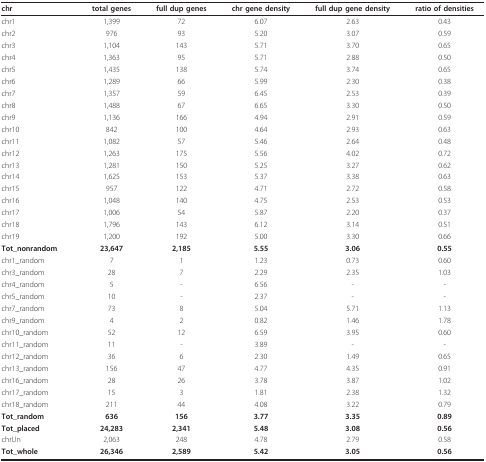
<table><thead><tr><td><b>chr</b></td><td><b>total genes</b></td><td><b>full dup genes</b></td><td><b>chr gene density</b></td><td><b>full dup gene density</b></td><td><b>ratio of densities</b></td></tr></thead><tbody><tr><td>chr1</td><td>1,399</td><td>72</td><td>6.07</td><td>2.63</td><td>0.43</td></tr><tr><td>chr2</td><td>976</td><td>93</td><td>5.20</td><td>3.07</td><td>0.59</td></tr><tr><td>chr3</td><td>1,104</td><td>143</td><td>5.71</td><td>3.70</td><td>0.65</td></tr><tr><td>chr4</td><td>1,363</td><td>95</td><td>5.71</td><td>2.88</td><td>0.50</td></tr><tr><td>chr5</td><td>1,435</td><td>138</td><td>5.74</td><td>3.74</td><td>0.65</td></tr><tr><td>chr6</td><td>1,289</td><td>66</td><td>5.99</td><td>2.30</td><td>0.38</td></tr><tr><td>chr7</td><td>1,357</td><td>59</td><td>6.45</td><td>2.53</td><td>0.39</td></tr><tr><td>chr8</td><td>1,488</td><td>67</td><td>6.65</td><td>3.30</td><td>0.50</td></tr><tr><td>chr9</td><td>1,136</td><td>166</td><td>4.94</td><td>2.91</td><td>0.59</td></tr><tr><td>chr10</td><td>842</td><td>100</td><td>4.64</td><td>2.93</td><td>0.63</td></tr><tr><td>chr11</td><td>1,082</td><td>57</td><td>5.46</td><td>2.64</td><td>0.48</td></tr><tr><td>chr12</td><td>1,263</td><td>175</td><td>5.56</td><td>4.02</td><td>0.72</td></tr><tr><td>chr13</td><td>1,281</td><td>150</td><td>5.25</td><td>3.27</td><td>0.62</td></tr><tr><td>chr14</td><td>1,625</td><td>153</td><td>5.37</td><td>3.38</td><td>0.63</td></tr><tr><td>chr15</td><td>957</td><td>122</td><td>4.71</td><td>2.72</td><td>0.58</td></tr><tr><td>chr16</td><td>1,048</td><td>140</td><td>4.75</td><td>2.53</td><td>0.53</td></tr><tr><td>chr17</td><td>1,006</td><td>54</td><td>5.87</td><td>2.20</td><td>0.37</td></tr><tr><td>chr18</td><td>1,796</td><td>143</td><td>6.12</td><td>3.14</td><td>0.51</td></tr><tr><td>chr19</td><td>1,200</td><td>192</td><td>5.00</td><td>3.30</td><td>0.66</td></tr><tr><td><b>Tot_nonrandom</b></td><td><b>23,647</b></td><td><b>2,185</b></td><td><b>5.55</b></td><td><b>3.06</b></td><td><b>0.55</b></td></tr><tr><td>chr1_random</td><td>7</td><td>1</td><td>1.23</td><td>0.73</td><td>0.60</td></tr><tr><td>chr3_random</td><td>28</td><td>7</td><td>2.29</td><td>2.35</td><td>1.03</td></tr><tr><td>chr4_random</td><td>5</td><td>-</td><td>6.56</td><td>-</td><td>-</td></tr><tr><td>chr5_random</td><td>10</td><td>-</td><td>2.37</td><td>-</td><td>-</td></tr><tr><td>chr7_random</td><td>73</td><td>8</td><td>5.04</td><td>5.71</td><td>1.13</td></tr><tr><td>chr9_random</td><td>4</td><td>2</td><td>0.82</td><td>1.46</td><td>1.78</td></tr><tr><td>chr10_random</td><td>52</td><td>12</td><td>6.59</td><td>3.95</td><td>0.60</td></tr><tr><td>chr11_random</td><td>11</td><td>-</td><td>3.89</td><td>-</td><td>-</td></tr><tr><td>chr12_random</td><td>36</td><td>6</td><td>2.30</td><td>1.49</td><td>0.65</td></tr><tr><td>chr13_random</td><td>156</td><td>47</td><td>4.77</td><td>4.35</td><td>0.91</td></tr><tr><td>chr16_random</td><td>28</td><td>26</td><td>3.78</td><td>3.87</td><td>1.02</td></tr><tr><td>chr17_random</td><td>15</td><td>3</td><td>1.81</td><td>2.38</td><td>1.32</td></tr><tr><td>chr18_random</td><td>211</td><td>44</td><td>4.08</td><td>3.22</td><td>0.79</td></tr><tr><td><b>Tot_random</b></td><td><b>636</b></td><td><b>156</b></td><td><b>3.77</b></td><td><b>3.35</b></td><td><b>0.89</b></td></tr><tr><td><b>Tot_placed</b></td><td><b>24,283</b></td><td><b>2,341</b></td><td><b>5.48</b></td><td><b>3.08</b></td><td><b>0.56</b></td></tr><tr><td>chrUn</td><td>2,063</td><td>248</td><td>4.78</td><td>2.79</td><td>0.58</td></tr><tr><td><b>Tot_whole</b></td><td><b>26,346</b></td><td><b>2,589</b></td><td><b>5.42</b></td><td><b>3.05</b></td><td><b>0.56</b></td></tr></tbody></table>